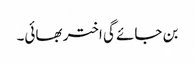
بن جائے گی اختر بھائی۔